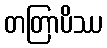
တတြာပိဿ